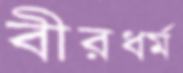
বীরধর্ম